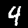
Digit: 4